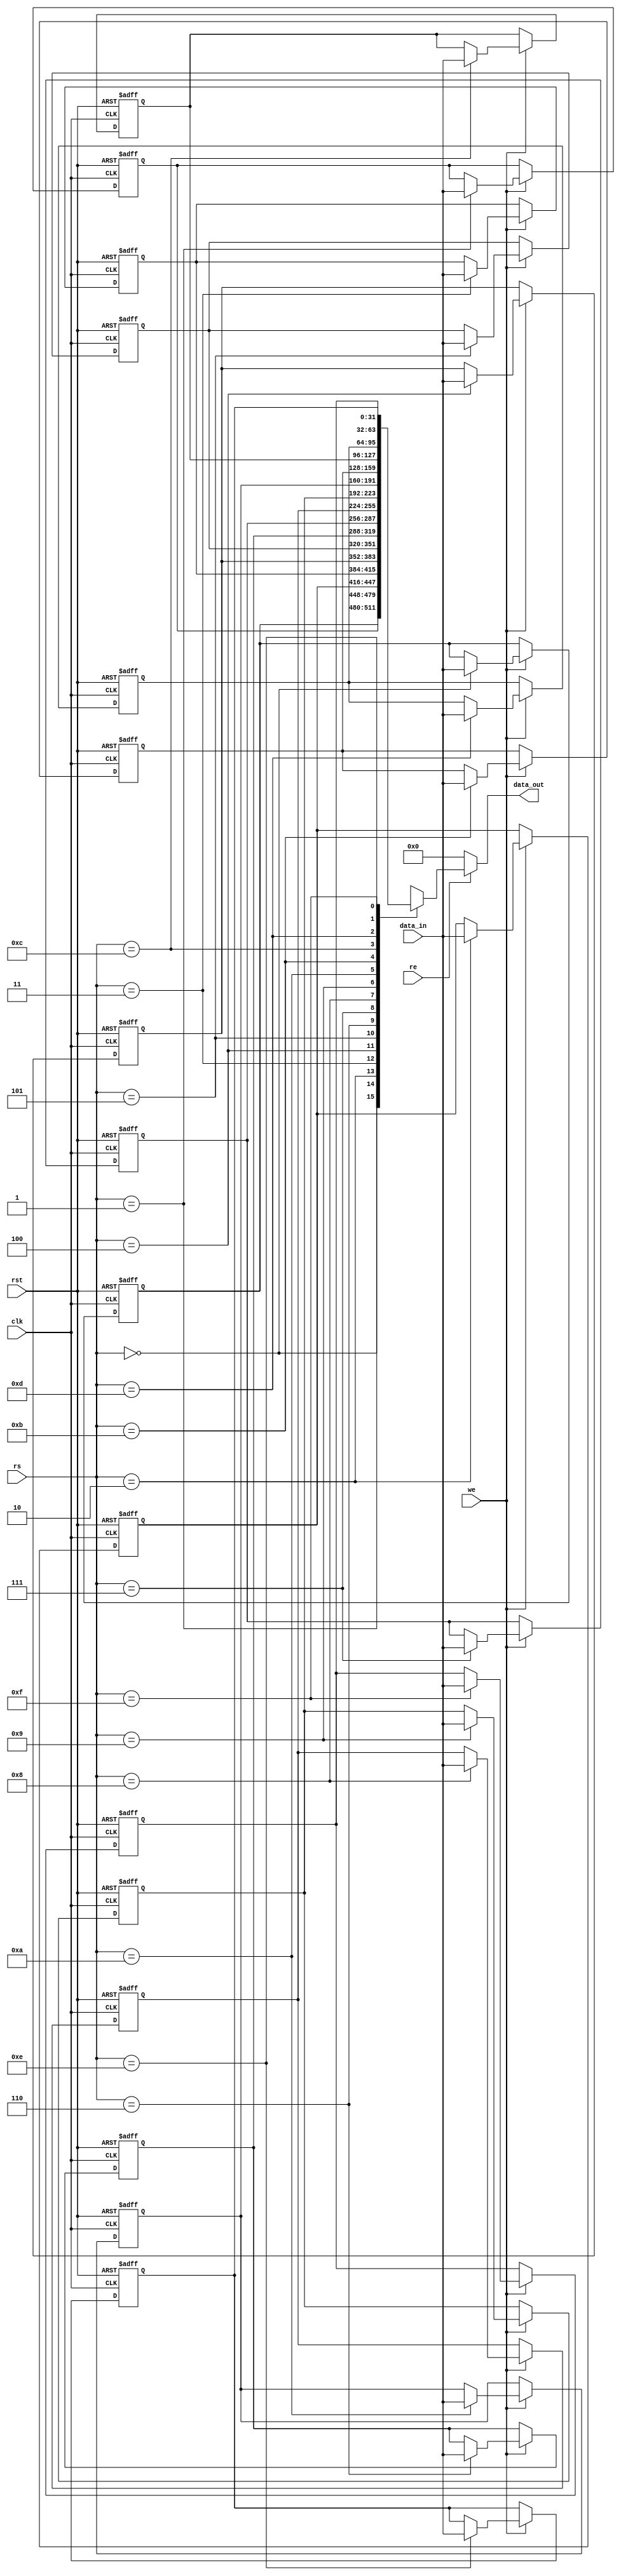
module IO_Block_Register_File #(
    parameter DATA_WIDTH = 32,  // Width of the data bus and registers
    parameter NUM_REGISTERS = 16 // Number of registers in the file
)(
    input wire clk,               // Clock signal
    input wire rst,               // Reset signal
    input wire we,                // Write Enable signal
    input wire re,                // Read Enable signal
    input wire [$clog2(NUM_REGISTERS)-1:0] rs, // Register Select signal
    input wire [DATA_WIDTH-1:0] data_in, // Data input for write operation
    output reg [DATA_WIDTH-1:0] data_out // Data output for read operation
);

    // Register array declaration
    reg [DATA_WIDTH-1:0] registers [0:NUM_REGISTERS-1];

    // Asynchronous reset
    integer i;
    always @(posedge clk or posedge rst) begin
        if (rst) begin
            // Initialize all registers to zero
            for (i = 0; i < NUM_REGISTERS; i = i + 1) begin
                registers[i] <= {DATA_WIDTH{1'b0}};
            end
        end else begin
            // Write operation
            if (we) begin
                registers[rs] <= data_in;
            end
        end
    end

    // Read operation
    always @(*) begin
        if (re) begin
            data_out = registers[rs];
        end else begin
            data_out = {DATA_WIDTH{1'b0}}; // Default output when not reading
        end
    end

endmodule